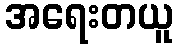
အရေးတယူ